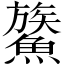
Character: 𩺯